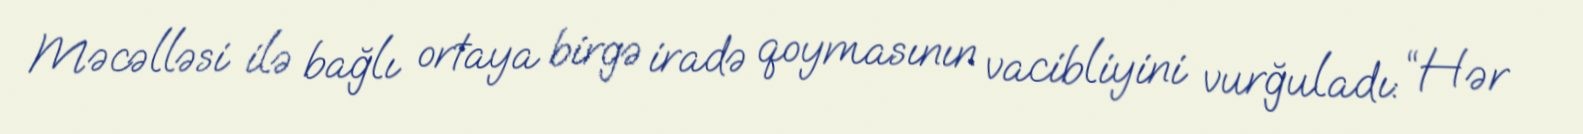
Məcəlləsi ilə bağlı ortaya birgə iradə qoymasının vacibliyini vurğuladı: “Hər